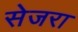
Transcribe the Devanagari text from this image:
सेजरा